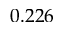
0 . 2 2 6